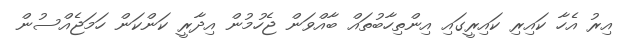
އިރު އެހާ ކައިރި ކައިރީގައި އިންތިހާބުތައް ބާއްވަން ޖެހުމުން އިދާރީ ކަންކަން ހަމަޖެއްސުން